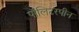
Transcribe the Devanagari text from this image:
पॉलिटरपीन